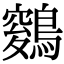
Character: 𪄑